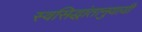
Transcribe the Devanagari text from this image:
स्वसिद्धांतानुयायी